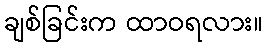
ချစ်ခြင်းက ထာဝရလား။